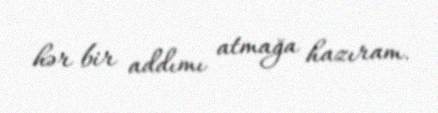
hər bir addımı atmağa hazıram.